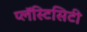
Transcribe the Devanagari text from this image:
प्लॅस्टिसिटी